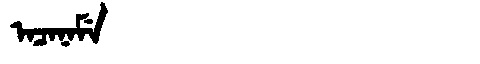
Manchu: ᠠᠴᠠᠨᠠᠮᡝ
Romanization: ACANAME